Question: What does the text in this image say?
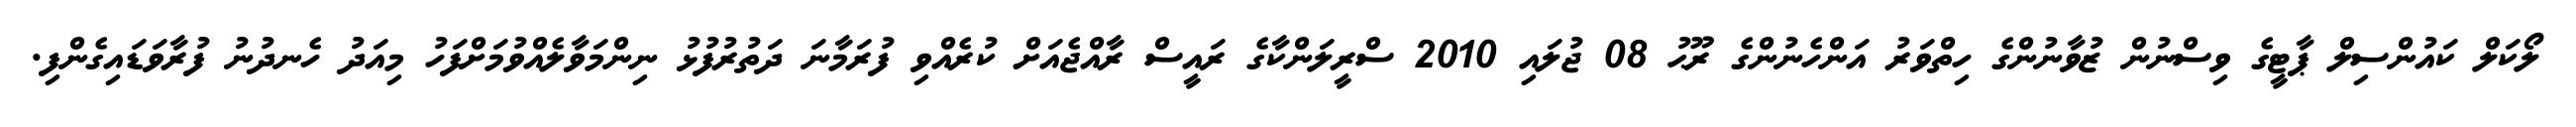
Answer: ލޯކަލް ކައުންސިލް ޕާޓީގެ ވިސްނުން ޒުވާނުންގެ ހިތްވަރު އަންހެނުންގެ ރޫޙު 08 ޖުލައި 2010 ސްރީލަންކާގެ ރައީސް ރާއްޖެއަށް ކުރެއްވި ފުރަމާނަ ދަތުރުފުޅު ނިންމަވާލެއްވުމަށްފަހު މިއަދު ހެނދުނު ފުރާވަޑައިގެންފި.